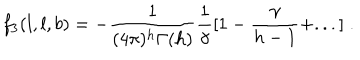
f _ { 3 } ( l , l , b ) = - \frac { 1 } { ( 4 \pi ) ^ { h } \Gamma ( h ) } \frac { 1 } { \gamma } [ 1 - \frac { \gamma } { h - 1 } + . . . ] \; .